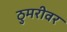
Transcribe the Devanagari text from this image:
ठुमरीवर